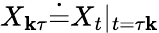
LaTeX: {X}_{\mathbf{k}\tau}\dot{{=}}{X}_{t}\vert{_{t=\tau\mathbf{k}}}